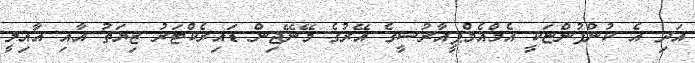
އަދި އެ ކުންފުންޏަކީ އެމްއެމްޕީއާރުސީގެ އޭރުގެ މޭނޭޖިން ޑައިރެކްޓަރު ޒިޔަތު އާއި އާއިލީ